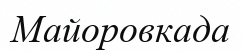
Майоровкада